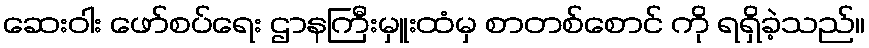
ဆေးဝါး ဖော်စပ်ရေး ဌာနကြီးမှူးထံမှ စာတစ်စောင် ကို ရရှိခဲ့သည်။